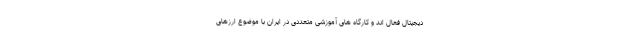
دیجیتال فعال اند و کارگاه های آموزشی متعددی در ایران با موضوع ارزهای